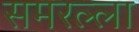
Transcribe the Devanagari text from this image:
समरल्ला